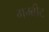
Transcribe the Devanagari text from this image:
गम्बीट